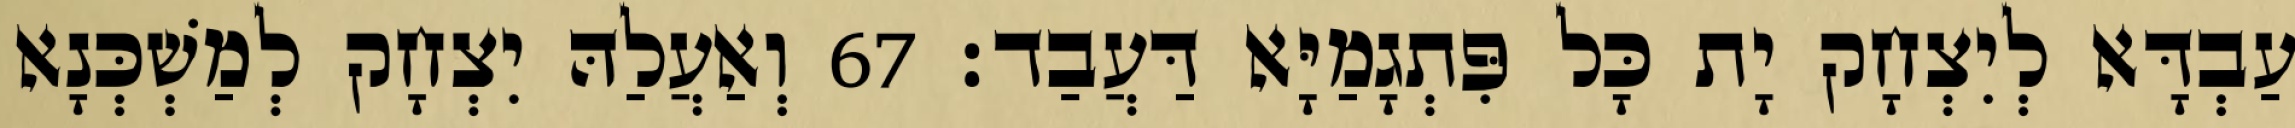
עַבְדָּא לְיִצְחָק יָת כָּל פִּתְגָמַיָּא דַּעֲבַד׃ 67 וְאַעֲלַהּ יִצְחָק לְמַשְׁכְּנָא